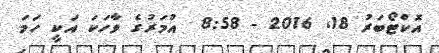
އޮކްޓޯބަރު 18